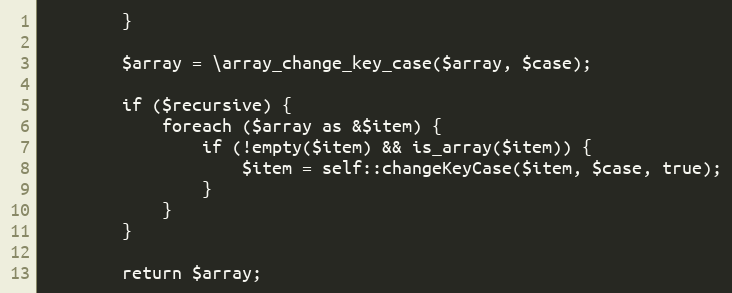
Language: PHP
        }

        $array = \array_change_key_case($array, $case);

        if ($recursive) {
            foreach ($array as &$item) {
                if (!empty($item) && is_array($item)) {
                    $item = self::changeKeyCase($item, $case, true);
                }
            }
        }

        return $array;